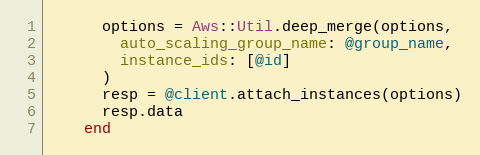
Language: Ruby
      options = Aws::Util.deep_merge(options,
        auto_scaling_group_name: @group_name,
        instance_ids: [@id]
      )
      resp = @client.attach_instances(options)
      resp.data
    end